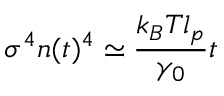
\sigma ^ { 4 } n ( t ) ^ { 4 } \simeq \frac { k _ { B } T l _ { p } } { \gamma _ { 0 } } t